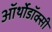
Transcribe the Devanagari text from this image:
ऑर्थोडॉक्सी